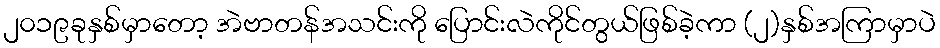
၂၀၁၉ခုနှစ်မှာတော့ အဲဗာတန်အသင်းကို ပြောင်းလဲကိုင်တွယ်ဖြစ်ခဲ့ကာ (၂)နှစ်အကြာမှာပဲ